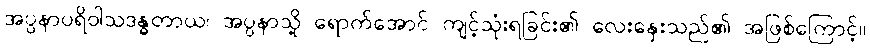
အပ္ပနာပရိဝါသဒန္ဓတာယ၊ အပ္ပနာသို့ ရောက်အောင် ကျင့်သုံးရခြင်း၏ လေးနှေးသည်၏ အဖြစ်ကြောင့်။